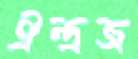
ঐন্দ্রজ